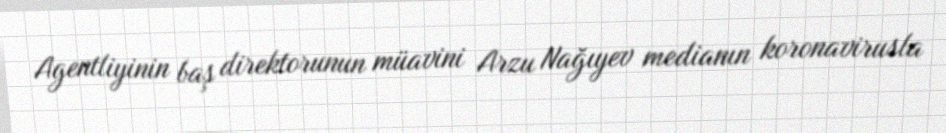
Agentliyinin baş direktorunun müavini Arzu Nağıyev medianın koronavirusla